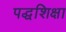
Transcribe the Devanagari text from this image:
पद्धशिक्षा